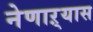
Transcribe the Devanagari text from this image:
नेणाऱ्यास